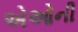
એઓની